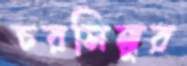
চরসিন্ধুর